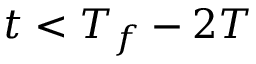
t < T _ { f } - 2 T